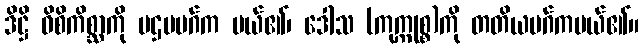
ဒိဋ္ဌိ ဝိစိကိစ္ဆာကို ပဌမမဂ်က ပယ်၏၊ ဒေါသ (ကုက္ကုစ္စ)ကို တတိယမဂ်ကပယ်၏။